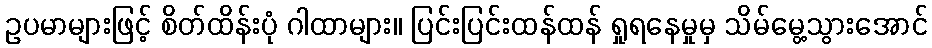
ဥပမာများဖြင့် စိတ်ထိန်းပုံ ဂါထာများ။ ပြင်းပြင်းထန်ထန် ရှုရနေမှုမှ သိမ်မွေ့သွားအောင်